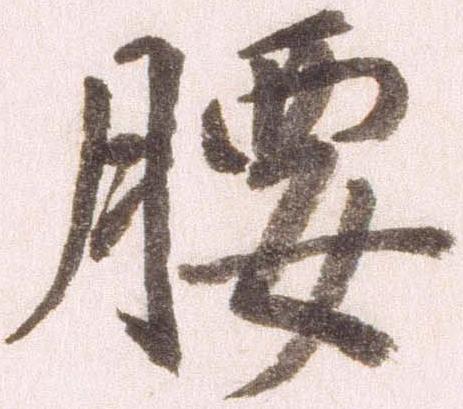
腰